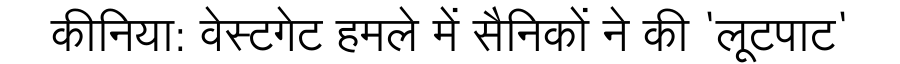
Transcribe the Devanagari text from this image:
कीनिया: वेस्टगेट हमले में सैनिकों ने की 'लूटपाट'